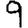
Digit: 9